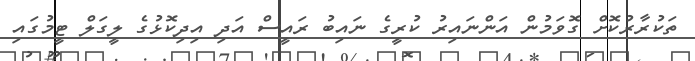
ތަކުރާރުކޮށް ގޮވަމުން އަންނައިރު ކުރީގެ ނައިބު ރައީސް އަދި އިދިކޮޅުގެ ލީގަލް ޓީމުގައި